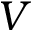
{ V }